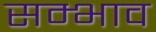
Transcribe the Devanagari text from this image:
सम्भाव